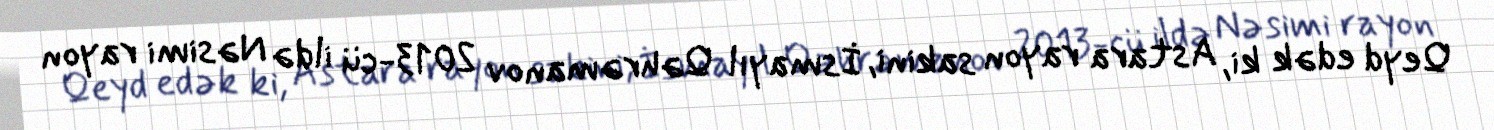
Qeyd edək ki, Astara rayon sakini, İsmayıl Qəhrəmanov 2013-cü ildə Nəsimi rayon